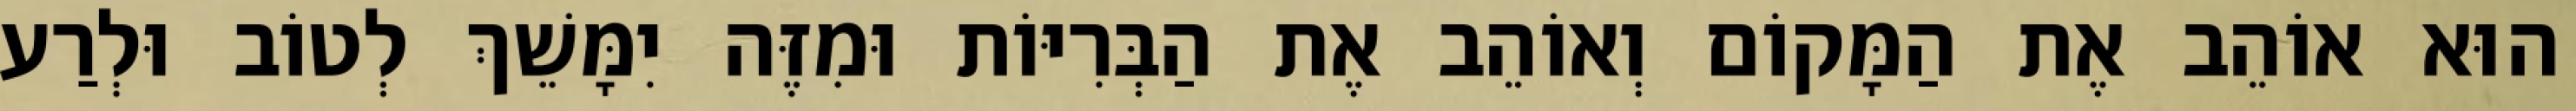
הוּא אוֹהֵב אֶת הַמָּקוֹם וְאוֹהֵב אֶת הַבְּרִיּוֹת וּמִזֶּה יִמָּשֵׁךְ לְטוֹב וּלְרַע